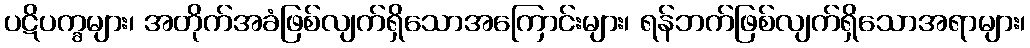
ပဋိပက္ခများ၊ အတိုက်အခံဖြစ်လျက်ရှိသောအကြောင်းများ၊ ရန်ဘက်ဖြစ်လျက်ရှိသောအရာများ၊